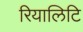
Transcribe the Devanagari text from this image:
रियालिटि